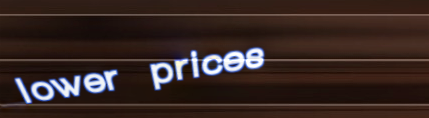
lower prices